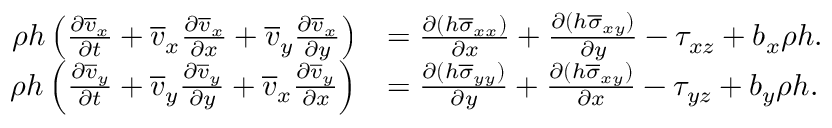
\begin{array} { r l } { \rho h \left( \frac { \partial \overline { { v } } _ { x } } { \partial t } + \overline { { v } } _ { x } \frac { \partial \overline { { v } } _ { x } } { \partial x } + \overline { { v } } _ { y } \frac { \partial \overline { { v } } _ { x } } { \partial y } \right) } & { = \frac { \partial ( h \overline { { \sigma } } _ { x x } ) } { \partial x } + \frac { \partial ( h \overline { { \sigma } } _ { x y } ) } { \partial y } - \tau _ { x z } + b _ { x } \rho h . } \\ { \rho h \left( \frac { \partial \overline { { v } } _ { y } } { \partial t } + \overline { { v } } _ { y } \frac { \partial \overline { { v } } _ { y } } { \partial y } + \overline { { v } } _ { x } \frac { \partial \overline { { v } } _ { y } } { \partial x } \right) } & { = \frac { \partial ( h \overline { { \sigma } } _ { y y } ) } { \partial y } + \frac { \partial ( h \overline { { \sigma } } _ { x y } ) } { \partial x } - \tau _ { y z } + b _ { y } \rho h . } \end{array}